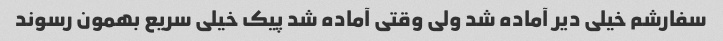
سفارشم خیلی دیر آماده شد ولی وقتی آماده شد پیک خیلی سریع بهمون رسوند